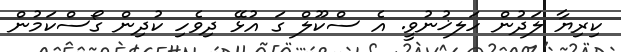
ކިރިޔާ ލަދުން ހަލޚުނުވީ. އެ ސްކޫލް ގަ އުޅޭ ދިވެހި ކުދިން ގޯސްކަމުން